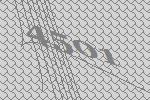
4501